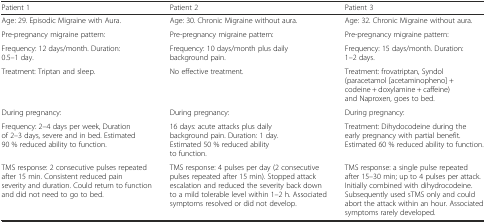
<table><thead><tr><td><b>Patient 1</b></td><td><b>Patient 2</b></td><td><b>Patient 3</b></td></tr></thead><tbody><tr><td>Age: 29. Episodic Migraine with Aura.</td><td>Age: 30. Chronic Migraine without aura.</td><td>Age: 32. Chronic Migraine without aura.</td></tr><tr><td>Pre-pregnancy migraine pattern:</td><td>Pre-pregnancy migraine pattern:</td><td>Pre-pregnancy migraine pattern:</td></tr><tr><td>Frequency: 12 days/month. Duration: 0.5–1 day.</td><td>Frequency: 10 days/month plus daily background pain.</td><td>Frequency: 15 days/month. Duration: 1–2 days.</td></tr><tr><td>Treatment: Triptan and sleep.</td><td>No effective treatment.</td><td>Treatment: frovatriptan, Syndol (paracetamol [acetaminopheno] + codeine + doxylamine + caffeine) and Naproxen, goes to bed.</td></tr><tr><td>During pregnancy:</td><td>During pregnancy:</td><td>During pregnancy:</td></tr><tr><td>Frequency: 2–4 days per week, Duration of 2–3 days, severe and in bed. Estimated 90 % reduced ability to function.</td><td>16 days: acute attacks plus daily background pain. Duration: 1 day. Estimated 50 % reduced ability to function.</td><td>Treatment: Dihydocodeine during the early pregnancy with partial benefit. Estimated 60 % reduced ability to function.</td></tr><tr><td>TMS response: 2 consecutive pulses repeated after 15 min. Consistent reduced pain severity and duration. Could return to function and did not need to go to bed.</td><td>TMS response: 4 pulses per day (2 consecutive pulses repeated after 15 min). Stopped attack escalation and reduced the severity back down to a mild tolerable level within 1–2 h. Associated symptoms resolved or did not develop.</td><td>TMS response: a single pulse repeated after 15–30 min; up to 4 pulses per attack. Initially combined with dihydrocodeine. Subsequently used sTMS only and could abort the attack within an hour. Associated symptoms rarely developed.</td></tr></tbody></table>